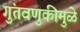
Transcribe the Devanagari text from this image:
गुंतवणुकीमुळे